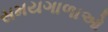
સમયગાળાઓ